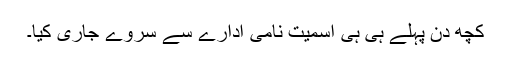
کچھ دن پہلے ہی ہی اسمیت نامی ادارے سے سروے جاری کیا۔